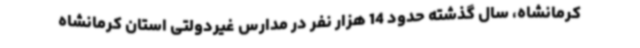
کرمانشاه، سال گذشته حدود 14 هزار نفر در مدارس غیردولتی استان کرمانشاه